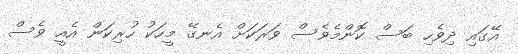
އޭގައި ދިވެހި ބަސް ކޮންމެވެސް ވަރަކަށް އެނގޭ މީހަކު ހުރިކަން އެއީ ވެސް